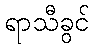
ရာသီခွင်